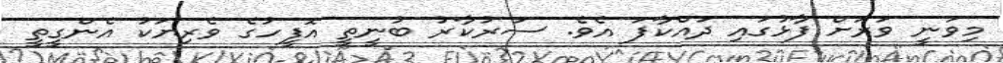
މިވަނީ ވަރަށް ފާޅުގައި ދައްކާފަ އެވެ. ސަރުކާރު ބުނީތީ އޮފީހުގެ ވެރިޔަކު އެންގީތީ